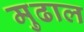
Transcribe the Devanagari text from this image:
मुढाल